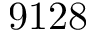
9 1 2 8